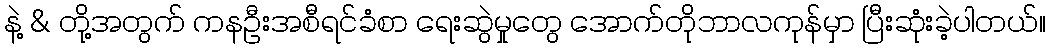
နဲ့ & တို့အတွက် ကနဦးအစီရင်ခံစာ ရေးဆွဲမှုတွေ အောက်တိုဘာလကုန်မှာ ပြီးဆုံးခဲ့ပါတယ်။